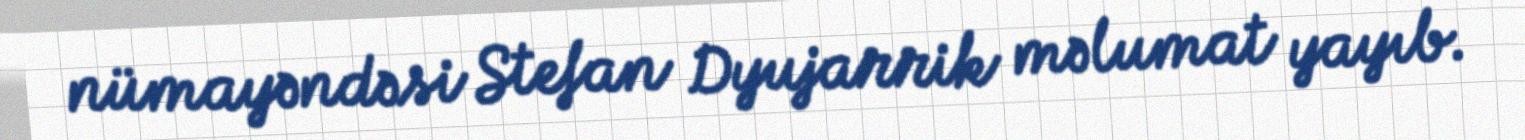
nümayəndəsi Stefan Dyujarrik məlumat yayıb.